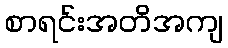
စာရင်းအတိအကျ